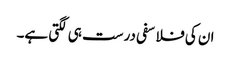
ان کی فلاسفی درست ہی لگتی ہے۔